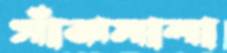
সাঁঝমালা